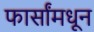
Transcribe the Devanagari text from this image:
फार्सांमधून